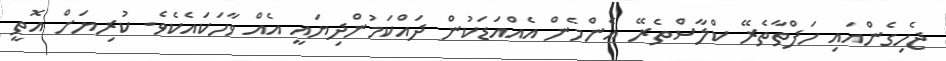
ޖެހިގެންއައި ހަފްތާތެރޭ ކްލާސްތެރޭ އެންމެން އެއްއަޑަކުން ދައްކަމުންދިޔައީ އެއް ވާހަކައެކެވެ. ކުރިޔަށް އޮތީ